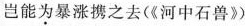
岂能为暴涨卸之去（《河中石兽》）